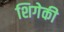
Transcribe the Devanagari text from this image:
शिगेकी